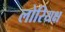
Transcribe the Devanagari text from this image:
लोरियक्ष